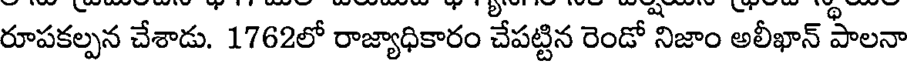
రూపకల్పన చేశాడు. 1762లో రాజ్యాధికారం చేపట్టిన రెండో నిజాం అలీఖాన్ పాలనా